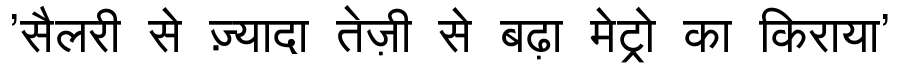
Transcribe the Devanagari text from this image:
'सैलरी से ज़्यादा तेज़ी से बढ़ा मेट्रो का किराया'